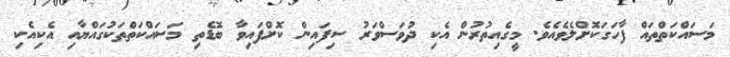
މަސައްކަތްތައް ފާހަގަކޮށްލެވެއެވެ. މީގެއިތުރުން އެކި ދުވަސްވަރު ސިފައިން ކޮށްފައިވާ ބޮޑެތި މަސައްކަތްތަކުގައްޔާއި އެކިއެކި